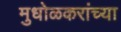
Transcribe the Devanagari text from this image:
मुधोळकरांच्या